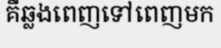
គឺឆ្លងពេញទៅពេញមក